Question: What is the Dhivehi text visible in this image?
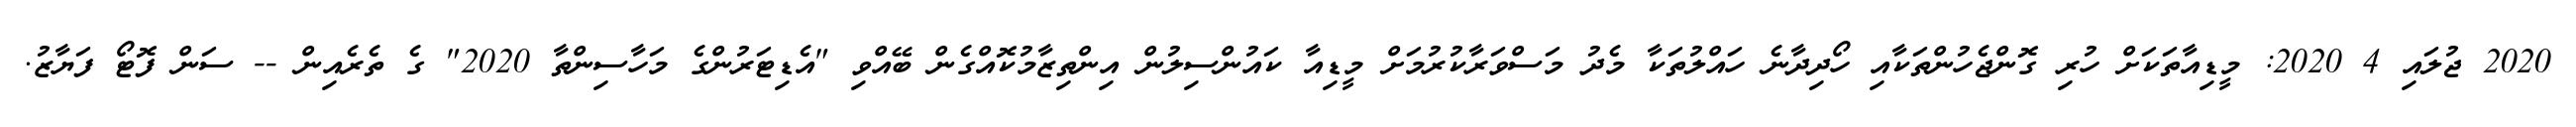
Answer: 2020 ޖުލައި 4 2020: މީޑިއާތަކަށް ހުރި ގޮންޖެހުންތަކާއި ހޯދިދާނެ ހައްލުތަކާ މެދު މަސްވަރާކުރުމަށް މީޑިއާ ކައުންސިލުން އިންތިޒާމުކޮއްގެން ބޭއްވި "އެޑިޓަރުންގެ މަހާސިންތާ 2020" ގެ ތެރެއިން -- ސަން ފޮޓޯ ފަޔާޒު.